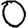
Digit: 0